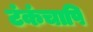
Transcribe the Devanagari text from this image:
टंकंचापि